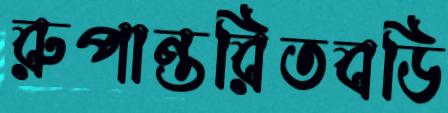
রুপান্তরিতবডি